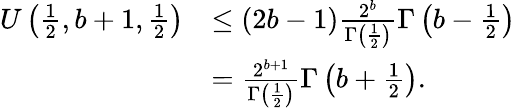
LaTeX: \begin{array}{rl}{U\left(\frac{1}{2},b+1,\frac{1}{2}\right)}&{\leq(2b-1)\frac{2^{b}}{\Gamma\left(\frac{1}{2}\right)}\Gamma\left(b-\frac{1}{2}\right)}\\ &{=\frac{2^{b+1}}{\Gamma\left(\frac{1}{2}\right)}\Gamma\left(b+\frac{1}{2}\right).}\end{array}